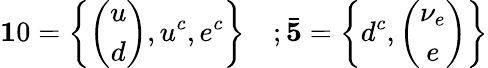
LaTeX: {\mathbf 10}=\left\{ \left(\begin{array}{c}{{u}}\\ {{d}}\end{array}\right),u^{c},e^{c}\right\} \quad;\bar{\mathbf 5}=\left\{ d^{c},\left(\begin{array}{c}{{\nu_{e}}}\\ {{e}}\end{array}\right)\right\}